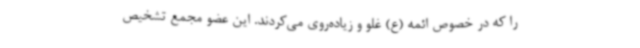
را که در خصوص ائمه (ع) غلو و زیاده‌روی می‌کردند. این عضو مجمع تشخیص